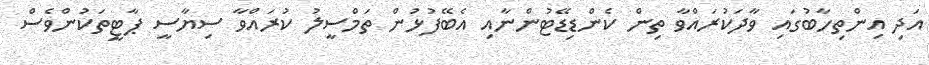
އަދި އިންތިހާބުގައި ވާދަކުރައްވާ ތިން ކެންޑިޑޭޓުންނާއި އެބޭފުޅުން ތަމްސީލު ކުރައްވާ ސިޔާސީ ޕާޓީތަކުންވެސް